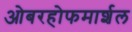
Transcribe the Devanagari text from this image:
ओबरहोफमार्शल